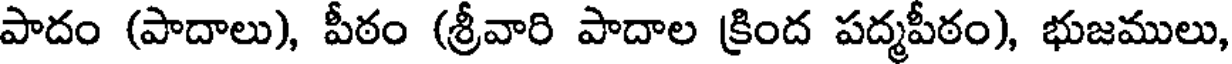
పాదం (పాదాలు), పీఠం (శ్రీవారి పాదాల క్రింద పద్మపీఠం), భుజములు,